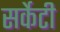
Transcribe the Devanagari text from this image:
सर्केटी